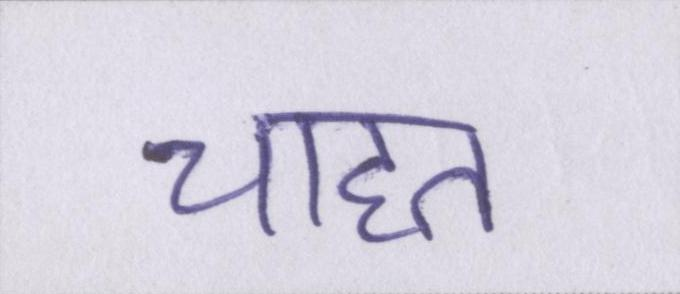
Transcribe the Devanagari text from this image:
चाहत